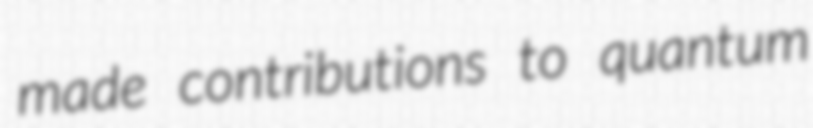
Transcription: made contributions to quantum